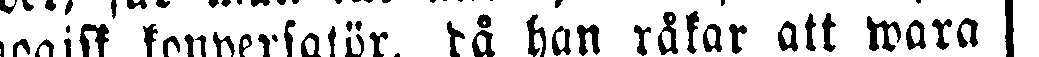
dagogisk konversatör, då han råkar att wara